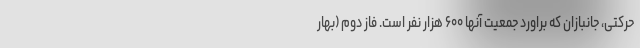
حرکتی، جانبازان که براورد جمعیت آنها ۶۰۰ هزار نفر است. فاز دوم (بهار